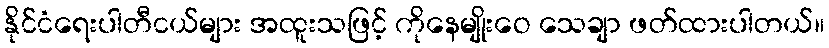
နိုင်ငံရေးပါတီငယ်များ အထူးသဖြင့် ကိုနေမျိုးဝေ သေချာ ဖတ်ထားပါတယ်။